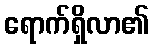
ရောက်ရှိလာ၏